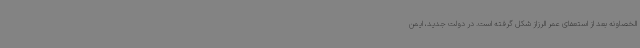
الخصاونه بعد از استعفای عمر الرزاز شکل گرفته است. در دولت جدید، ایمن